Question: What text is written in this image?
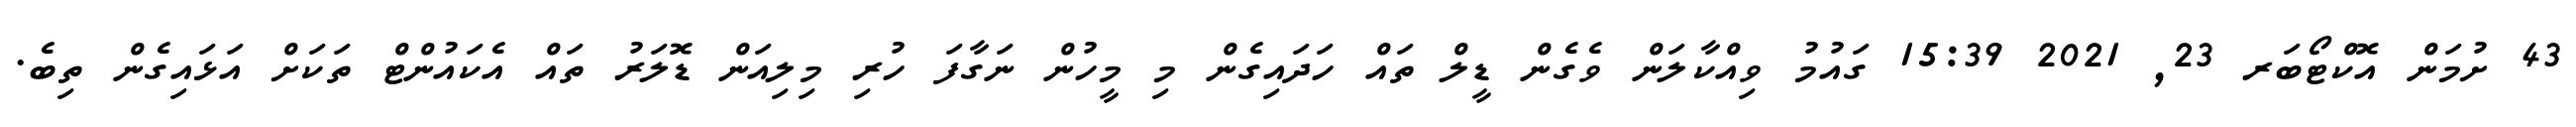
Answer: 43 ށުމަން އޮކްޓޯބަރ 23, 2021 15:39 ގައުމު ވިއްކާލަން ވެގެން ޑީލް ތައް ހަދައިގެން މި މީހުން ނަގާފަ ހުރި މިލިއަން ޑޮލަރު ތައް އެކައުންޓް ތަކަށް އަޅައިގެން ތިބެ.